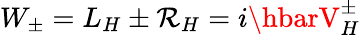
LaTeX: W_{\pm}=L_{H}\pm\mathcal{R}_{H}=i\hbarV_{H}^{\pm}